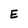
Character: E